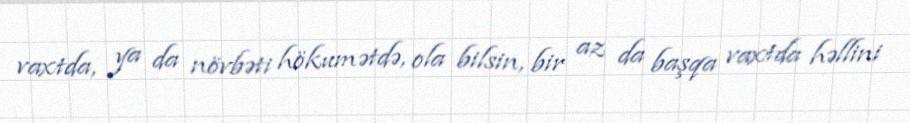
vaxtda, ya da növbəti hökumətdə, ola bilsin, bir az da başqa vaxtda həllini